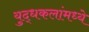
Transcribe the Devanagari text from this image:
युद्धकलांमध्ये